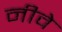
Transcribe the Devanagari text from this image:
नीवे